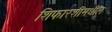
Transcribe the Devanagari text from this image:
शिफारशींमधील